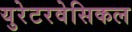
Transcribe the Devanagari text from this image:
युरेटरवेसिकल